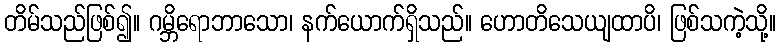
တိမ်သည်ဖြစ်၍။ ဂမ္ဘိရောဘာသော၊ နက်ယောက်ရှိသည်။ ဟောတိသေယျထာပိ၊ ဖြစ်သကဲ့သို့။